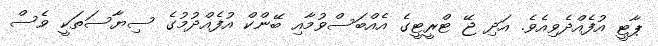
ޕާޓީ އުފެއްދެވިއެވެ. އަދި ޖޭ ޓްރީޓީގެ އެއްބަސްވުމާއި ބޭންކް އުފެއްދުމުގެ ސިޔާސަތަކީ ވެސް